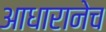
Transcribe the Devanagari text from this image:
आधारानेच